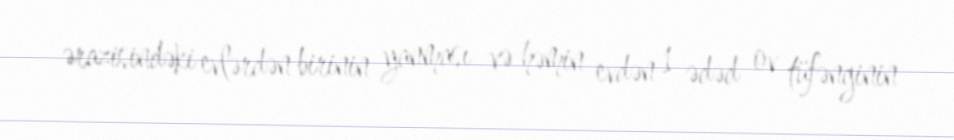
ərazisindəki evlərdən birinin yanması və həmin evdən 1 ədəd ov tüfənginin